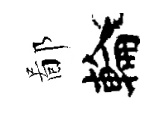
鄙輪